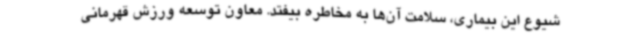
شیوع این بیماری، سلامت آن‌ها به مخاطره بیفتد. معاون توسعه ورزش قهرمانی